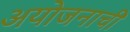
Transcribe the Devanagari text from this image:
अयोजनाची